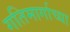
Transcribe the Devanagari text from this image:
गतिमार्गाच्या